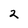
Character: 2